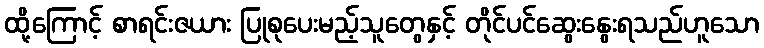
ထို့ကြောင့် စာရင်းဇယား ပြုစုပေးမည့်သူတွေနှင့် တိုင်ပင်ဆွေးနွေးရသည်ဟူသော